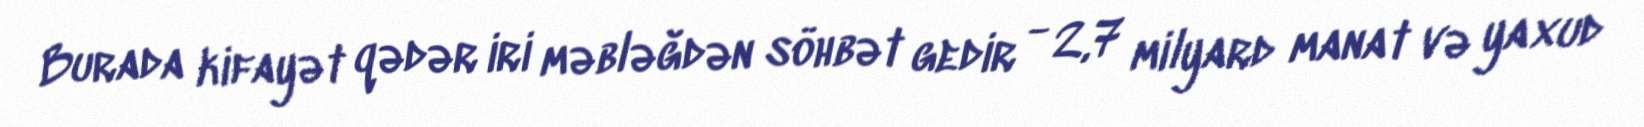
Burada kifayət qədər iri məbləğdən söhbət gedir - 2,7 milyard manat və yaxud